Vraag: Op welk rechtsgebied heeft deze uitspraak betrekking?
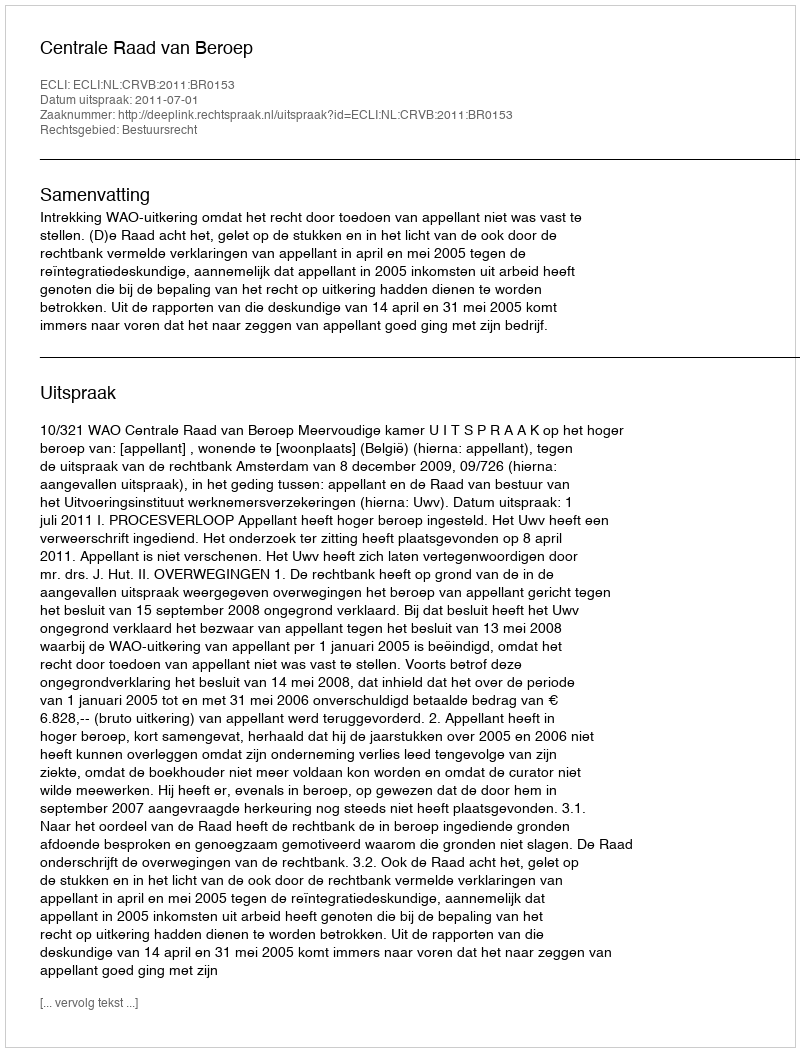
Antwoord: Bestuursrecht